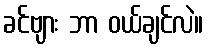
ခင်ဗျား ဘာ ဝယ်ချင်လဲ။